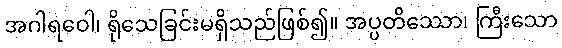
အဂါရဝေါ၊ ရိုသေခြင်းမရှိသည်ဖြစ်၍။ အပ္ပတိဿော၊ ကြီးသော